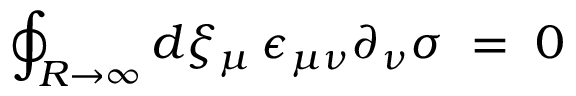
\oint _ { R \to \infty } d \xi _ { \mu } \, \epsilon _ { \mu \nu } \partial _ { \nu } \sigma \; = \; 0